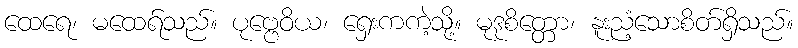
ထေရေ၊ မထေရ်သည်။ ပုဗ္ဗေဝိယ၊ ရှေးကကဲ့သို့။ မုဒုစိတ္တော၊ နူးညံ့သောစိတ်ရှိသည်။